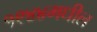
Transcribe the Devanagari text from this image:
१९४४मधील